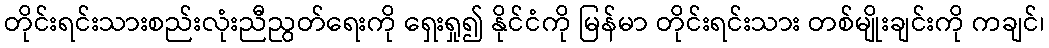
တိုင်းရင်းသားစည်းလုံးညီညွတ်ရေးကို ရှေးရှု၍ နိုင်ငံကို မြန်မာ တိုင်းရင်းသား တစ်မျိုးချင်းကို ကချင်၊